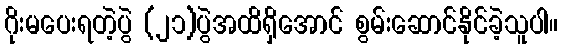
ဂိုးမပေးရတဲ့ပွဲ (၂၁)ပွဲအထိရှိအောင် စွမ်းဆောင်နိုင်ခဲ့သူပါ။